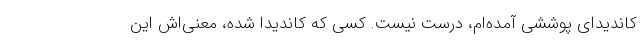
کاندیدای پوششی آمده‌ام، درست نیست. کسی که کاندیدا شده، معنی‌اش این